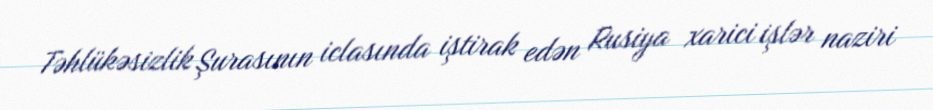
Təhlükəsizlik Şurasının iclasında iştirak edən Rusiya xarici işlər naziri